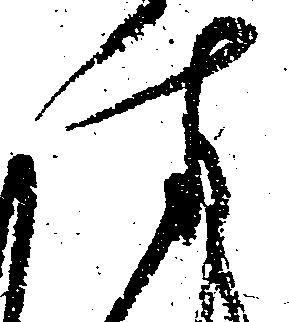
す